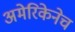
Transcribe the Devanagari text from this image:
अमेरिकेनेच